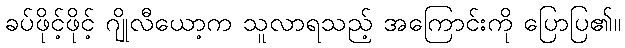
ခပ်ဖိုင့်ဖိုင့် ဂျိုလီယော့က သူလာရသည့် အကြောင်းကို ပြောပြ၏။